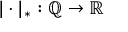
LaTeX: | \cdot | _ { * } : \mathbb { Q } \to \mathbb { R }